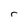
Character: r